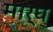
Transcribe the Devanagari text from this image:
मार्घ